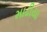
માઢીયા